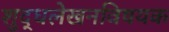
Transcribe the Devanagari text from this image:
शुद्धलेखनविषयक